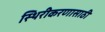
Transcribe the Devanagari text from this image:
स्थिरीकरणासाठी